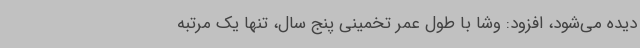
دیده‌ می‌شود، افزود: وشا با طول عمر تخمینی پنج سال، تنها یک‌ مرتبه